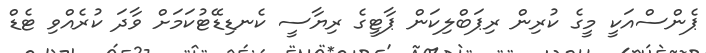
ޕެންސްއަކީ މީގެ ކުރިން ރިޕަބްލިކަން ޕާޓީގެ ރިޔާސީ ކެނޑިޑޭޓުކަމަށް ވާދަ ކުރެއްވި ޓެޑް